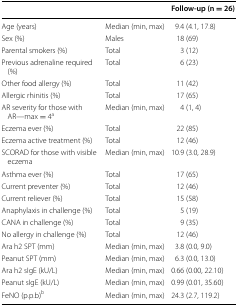
<table><thead><tr><td></td><td></td><td><b>Follow-up (n = 26)</b></td></tr></thead><tbody><tr><td>Age (years)</td><td>Median (min, max)</td><td>9.4 (4.1, 17.8)</td></tr><tr><td>Sex (%)</td><td>Males</td><td>18 (69)</td></tr><tr><td>Parental smokers (%)</td><td>Total</td><td>3 (12)</td></tr><tr><td>Previous adrenaline required (%)</td><td>Total</td><td>6 (23)</td></tr><tr><td>Other food allergy (%)</td><td>Total</td><td>11 (42)</td></tr><tr><td>Allergic rhinitis (%)</td><td>Total</td><td>17 (65)</td></tr><tr><td>AR severity for those with AR—max = 4<sup>a</sup></td><td>Median (min, max)</td><td>4 (1, 4)</td></tr><tr><td>Eczema ever (%)</td><td>Total</td><td>22 (85)</td></tr><tr><td>Eczema active treatment (%)</td><td>Total</td><td>12 (46)</td></tr><tr><td>SCORAD for those with visible eczema</td><td>Median (min, max)</td><td>10.9 (3.0, 28.9)</td></tr><tr><td>Asthma ever (%)</td><td>Total</td><td>17 (65)</td></tr><tr><td>Current preventer (%)</td><td>Total</td><td>12 (46)</td></tr><tr><td>Current reliever (%)</td><td>Total</td><td>15 (58)</td></tr><tr><td>Anaphylaxis in challenge (%)</td><td>Total</td><td>5 (19)</td></tr><tr><td>CANA in challenge (%)</td><td>Total</td><td>9 (35)</td></tr><tr><td>No allergy in challenge (%)</td><td>Total</td><td>12 (46)</td></tr><tr><td>Ara h2 SPT (mm)</td><td>Median (min, max)</td><td>3.8 (0.0, 9.0)</td></tr><tr><td>Peanut SPT (mm)</td><td>Median (min, max)</td><td>6.3 (0.0, 13.0)</td></tr><tr><td>Ara h2 sIgE (kU/L)</td><td>Median (min, max)</td><td>0.66 (0.00, 22.10)</td></tr><tr><td>Peanut sIgE (kU/L)</td><td>Median (min, max)</td><td>0.99 (0.01, 35.60)</td></tr><tr><td>FeNO (p.p.b)<sup>b</sup></td><td>Median (min, max)</td><td>24.3 (2.7, 119.2)</td></tr></tbody></table>